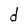
Character: d